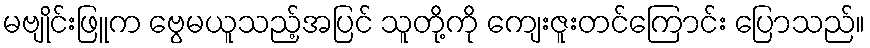
မဗျိုင်းဖြူက ဗွေမယူသည့်အပြင် သူတို့ကို ကျေးဇူးတင်ကြောင်း ပြောသည်။